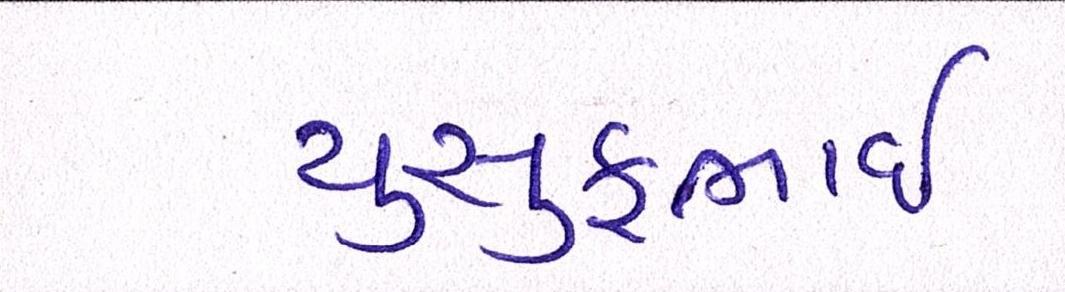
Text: યુસુફભાઈ